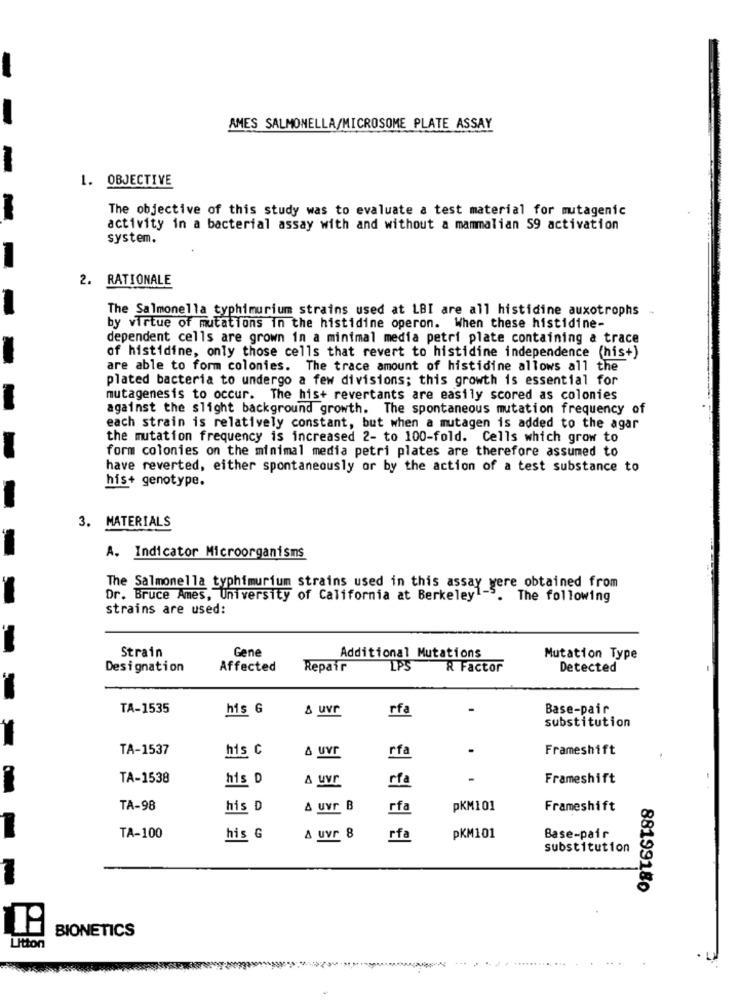
-
AMES SALMONELLA/MICROSOME PLATE ASSAY
1. OBJECTIVE
The objective of this study was to evaluate a test material for mutagenic
activity in a bacterial assay with and without a mammalian 59 activation
system.
2. RATIONALE
The Salmonella typhimurium strains used at LBI are all histidine auxotrophs -
by virtue of mutations in the histidine operon. When these histidine-
dependent cells are grown in a minimal media petri plate containing a trace
of histidine, only those cells that revert to histidine independence (his+)
are able to form colonies. The trace amount of histidine allows all the
plated bacteria to undergo a few divisions; this growth is essential for
mutagenesis to occur. The his+ revertants are easily scored as colonies
against the slight background growth. The spontaneous mutation frequency of
each strain is relatively constant, but when a mutagen is added to the agar
the mutation frequency is increased 2- to 100-fold. Cells which grow to
form colonies on the minimal media petri plates are therefore assumed to
have reverted, either spontaneously or by the action of a test substance to
his+ genotype.
3. MATERIALS
A. Indicator Microorganisms
The Salmonella typhimurium strains used in this assay were obtained from
Dr. Bruce Ames, University of California at Berkeley1-3.
The following
strains are used:
Strain
Gene
Additional Mutations
Mutation Type
Designation
Affected
Repair
LPS
R Factor
Detected
TA-1535
his G
& uvr
rfa
Base-pair
substitution
TA-1537
his C
rfa
Frameshift
& uVr
TA-1538
his D
Frameshift
rfa
TA-98
his D
A uVr B
rfa
pKM101
Frameshift
TA-100
his G
& uvr 8
rfa
pKM101
Base-pair
substitution
88199180
BIONETICS
Litton
.. . . .......... ... .